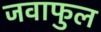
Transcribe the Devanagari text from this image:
जवाफुल